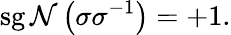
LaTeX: \operatorname{sg\mathcal{N}}\left(\sigma\sigma^{-1}\right)=+1.